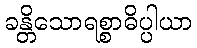
ခန္တိသောရစ္စာဓိပ္ပါယာ